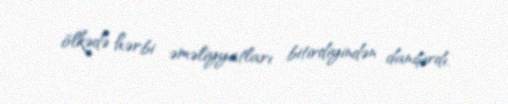
ölkədə hərbi əməliyyatları bitirdiyindən danışırdı.